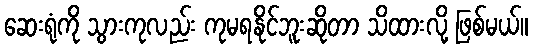
ဆေးရုံကို သွားကုလည်း ကုမရနိုင်ဘူးဆိုတာ သိထားလို့ ဖြစ်မယ်။